Lunatic asylums Madras 1877-1891 - 1877-1891
Year: 1877
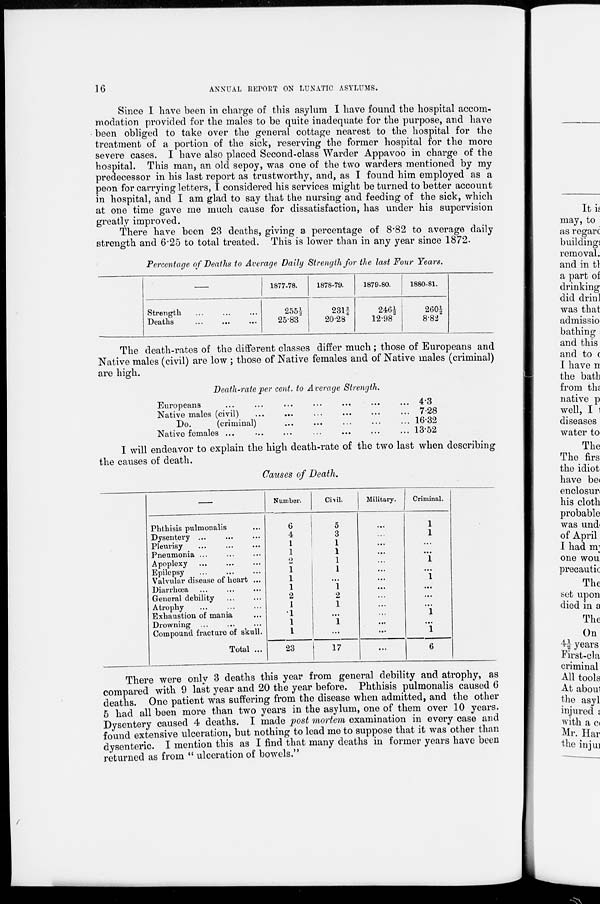
16
ANNUAL REPORT ON LUNATIC ASYLUMS.
Since I have been in charge of this asylum I have found the hospital accom-
modation provided for the males to be quite inadequate for the purpose, and have
been obliged to take over the general cottage nearest to the hospital for the
treatment of a portion of the sick, reserving the former hospital for the more
severe cases. I have also placed Second-class Warder Appavoo in charge of the
hospital. This man, an old sepoy, was one of the two warders mentioned by my
predecessor in his last report as trustworthy, and, as I found him employed as a
peon for carrying letters, I considered his services might be turned to better account
in hospital, and I am glad to say that the nursing and feeding of the sick, which
at one time gave me much cause for dissatisfaction, has under his supervision
greatly improved.
There have been 23 deaths, giving a percentage of 8.82 to average daily
strength and 6.25 to total treated. This is lower than in any year since 1872.
Percentage of Deaths to Average Daily Strength for the last Four Years.
Strength ... ... ...
Deaths ... ... ...
1877-78.
255½
25.83
1878-79.
231¾
20.28
1879-80.
246½
12.98
1880-81.
260½
8.82
The death-rates of the different classes differ much ; those of Europeans and
Native males (civil) are low ; those of Native females and of Native males (criminal)
are high.
Death-rate per cent. to Average Strength.
Europeans
...
...
...
...
...
...
...
Native males (civil)
...
...
...
...
...
...
...
Do.
(criminal) ... ... ... ... ... ... ...
Native females ...
...
...
...
...
...
...
4.3
7.28
16.32
13.52
I will endeavor to explain the high death-rate of the two last when describing
the causes of death.
Causes of Death.
Phthisis pulmonalis ...
Dysentery ... ... ...
Pleurisy ... ... ...
Pneumonia ... ... ...
Apoplexy ... ... ...
Epilepsy ... ... ...
Valvular disease of heart ...
Diarrhœa ... ... ...
General debility ... ...
Atrophy ... ... ...
Exhaustion of mania ...
Drowning ... ... ...
Compound fracture of skull.
Total ...
Number.
6
4
1
1
2
1
1
1
2
1
1
1
1
23
Civil.
5
3
1
1
1
1
...
1
2
1
...
1
...
17
Military.
...
...
...
...
...
...
...
...
...
...
...
...
...
...
Criminal.
1
1
...
...
1
...
1
...
...
...
1
...
1
6
There were only 3 deaths this year from general debility and atrophy, as
compared with 9 last year and 20 the year before. Phthisis pulmonalis caused 6
deaths. One patient was suffering from the disease when admitted, and the other
5 had all been more than two years in the asylum, one of them over 10 years.
Dysentery caused 4 deaths. I made post mortem examination in every case and
found extensive ulceration, but nothing to lead me to suppose that it was other than
dysenteric. I mention this as I find that many deaths in former years have been
returned as from " ulceration of bowels."